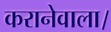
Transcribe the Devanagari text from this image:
करानेवाला।